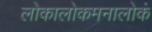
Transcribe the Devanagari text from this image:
लोकालोकमनालोकं